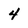
Character: 4